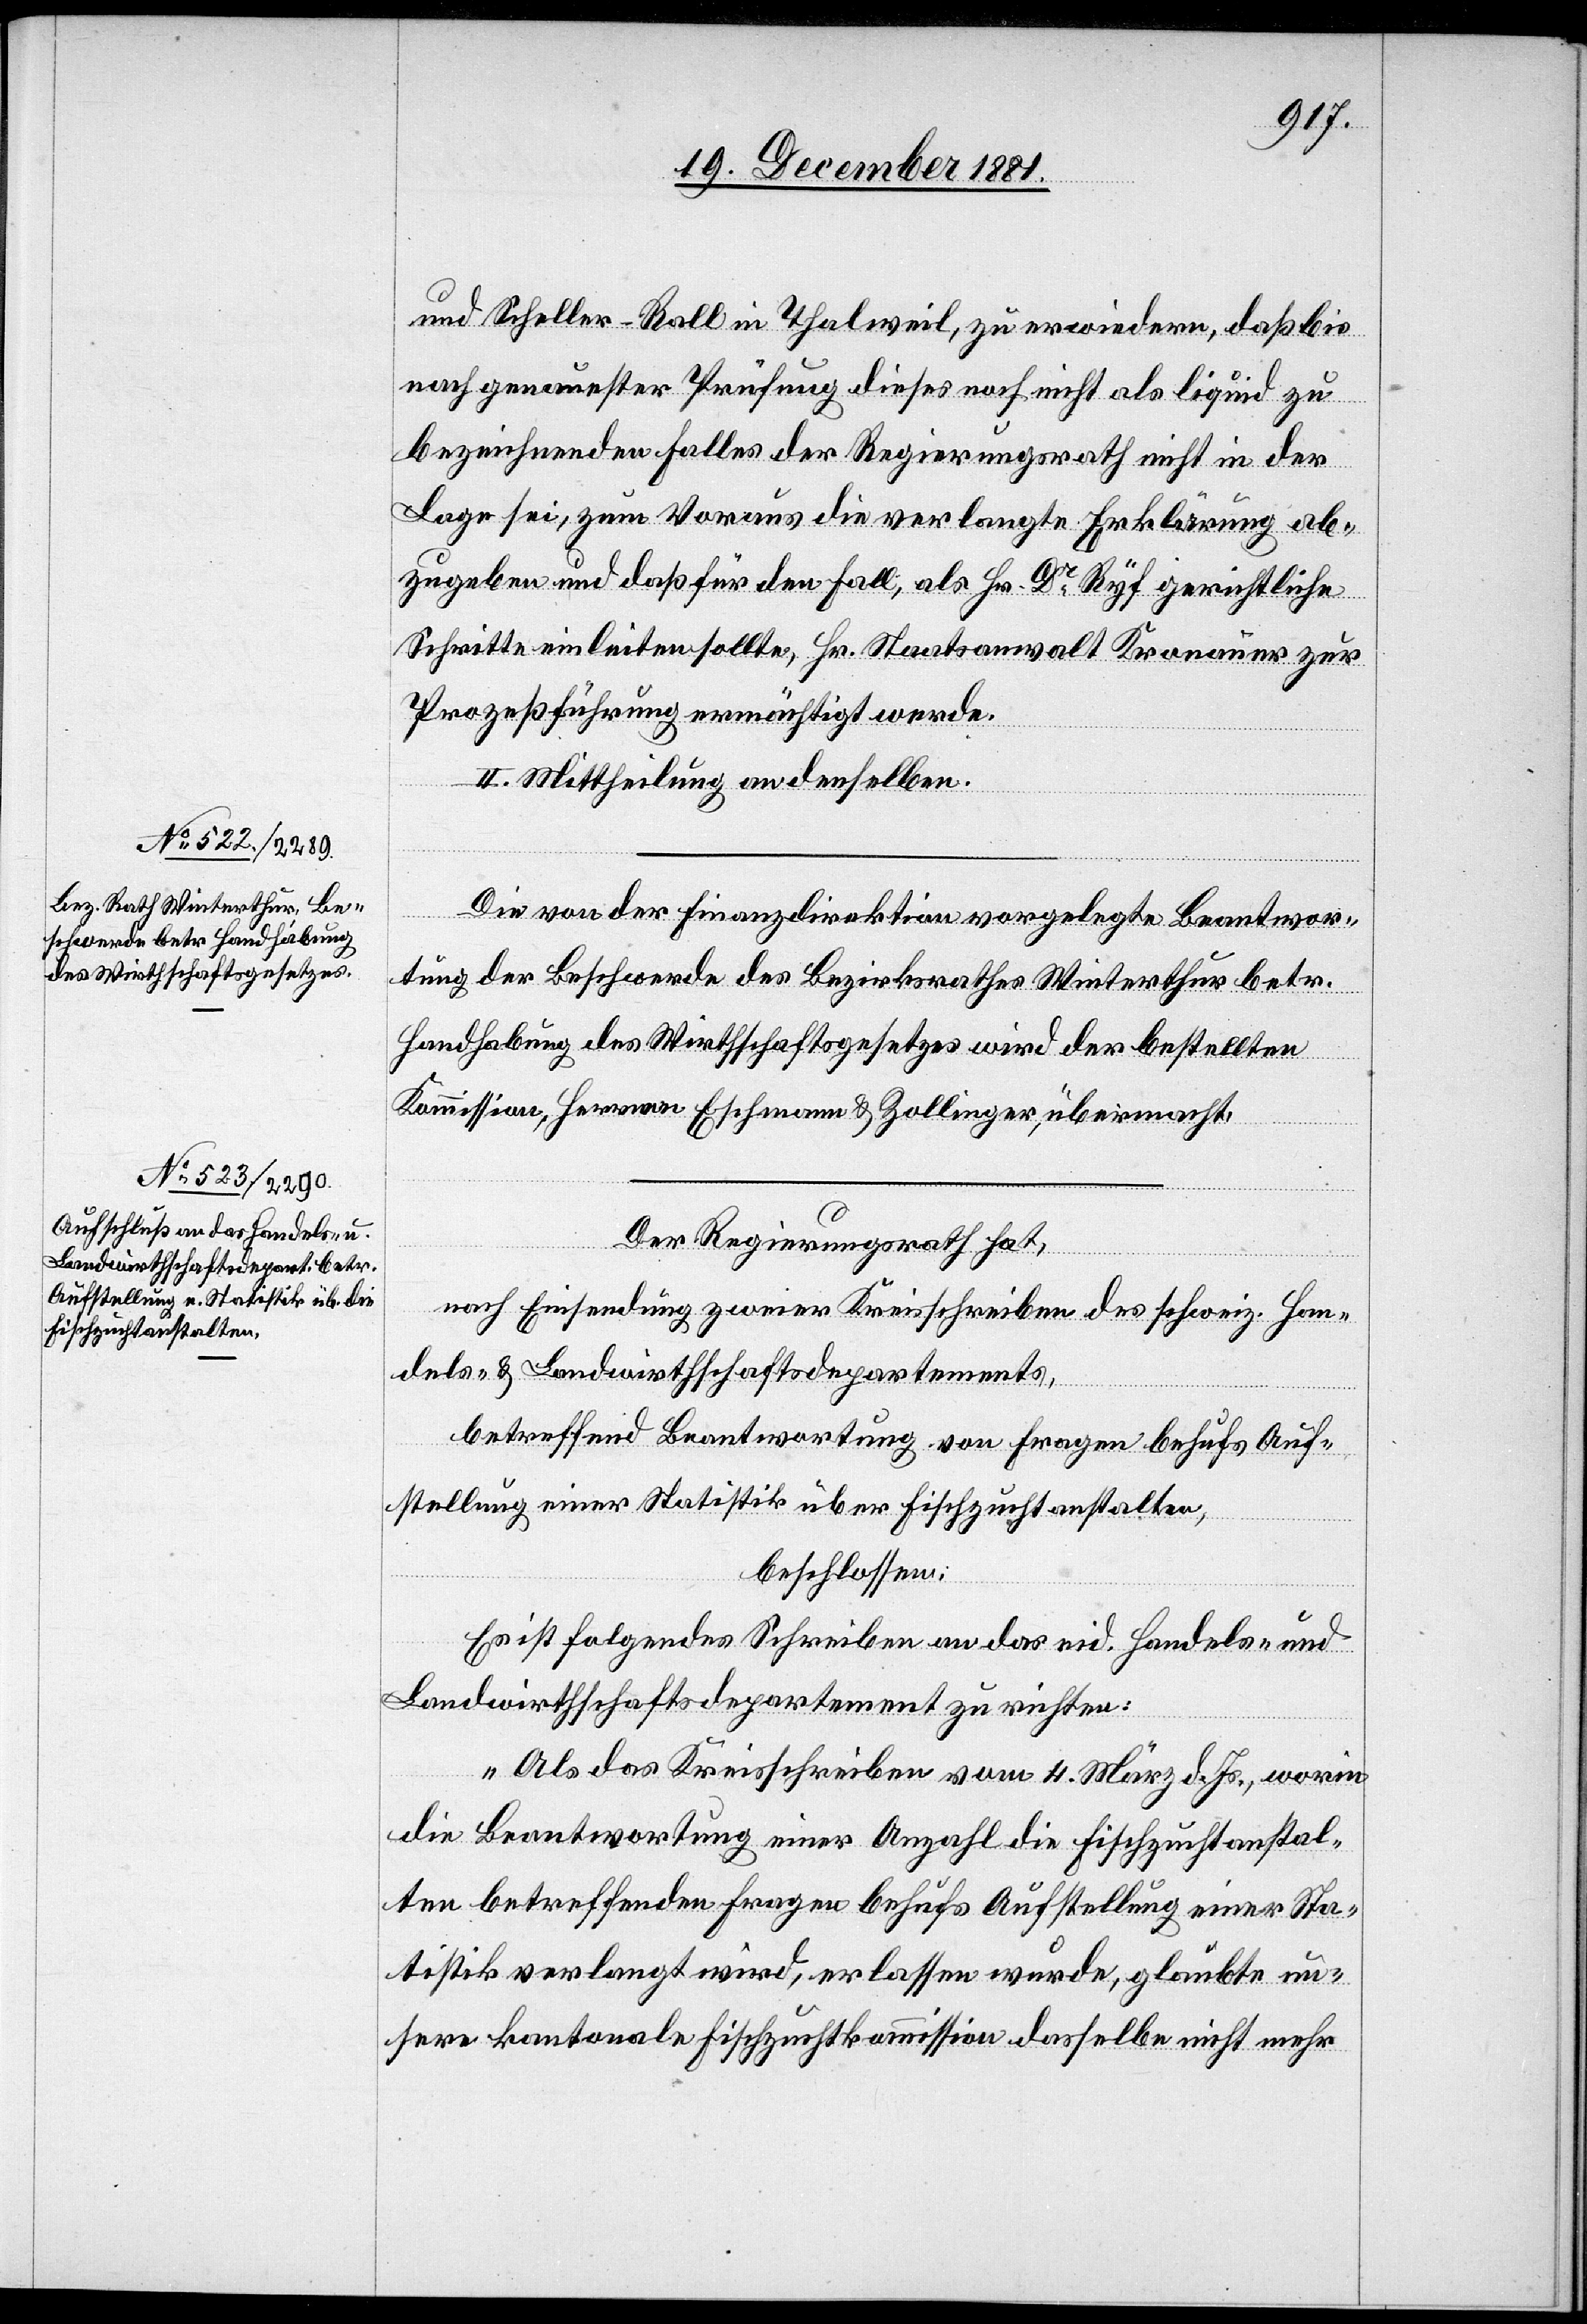
und Scheller-Roll in Thalweil, zu erwiedern, daß bis
nach genauester Prüfung dieses noch nicht als liquid zu
bezeichnenden Falles der Regierungsrath nicht in der
Lage sei, zum Voraus die verlangte Erklärung ab¬
zugeben und daß für den Fall, als Hr. Dr Ryf gerichtliche
Schritte einleiten sollte, Hr. Staatsanwalt Kronauer zur
Prozeßführung ermächtigt werde.
II. Mittheilung an denselben.
Die von der Finanzdirektion vorgelegte Beantwor¬
tung der Beschwerde des Bezirksrathes Winterthur betr.
Handhabung des Wirthschaftsgesetzes wird der bestellten
Kommission, Herren Eschmann & Zollinger, übermacht.
Der Regierungsrath hat,
nach Einsicht zweier Kreisschreiben des schweiz. Han¬
dels- & Landwirthschaftsdepartements,
betreffend Beantwortung von Fragen behufs Auf¬
stellung einer Statistik über Fischzuchtanstalten,
beschlossen:
Es ist folgendes Schreiben an das eid. Handels- und
Landwirthschaftsdepartement zu richten:
„Als das Kreisschreiben vom 4. März d. Js., worin
die Beantwortung einer Anzahl die Fischzuchtanstal¬
ten betreffenden Fragen behufs Aufstellung einer Sta¬
tistik verlangt wird, erlassen wurde, glaubt un¬
sere kantonale Fischzuchtkommission dasselbe nicht mehr